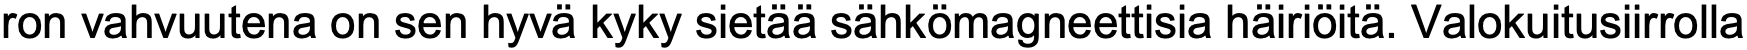
ron vahvuutena on sen hyvä kyky sietää sähkömagneettisia häiriöitä. Valokuitusiirrolla